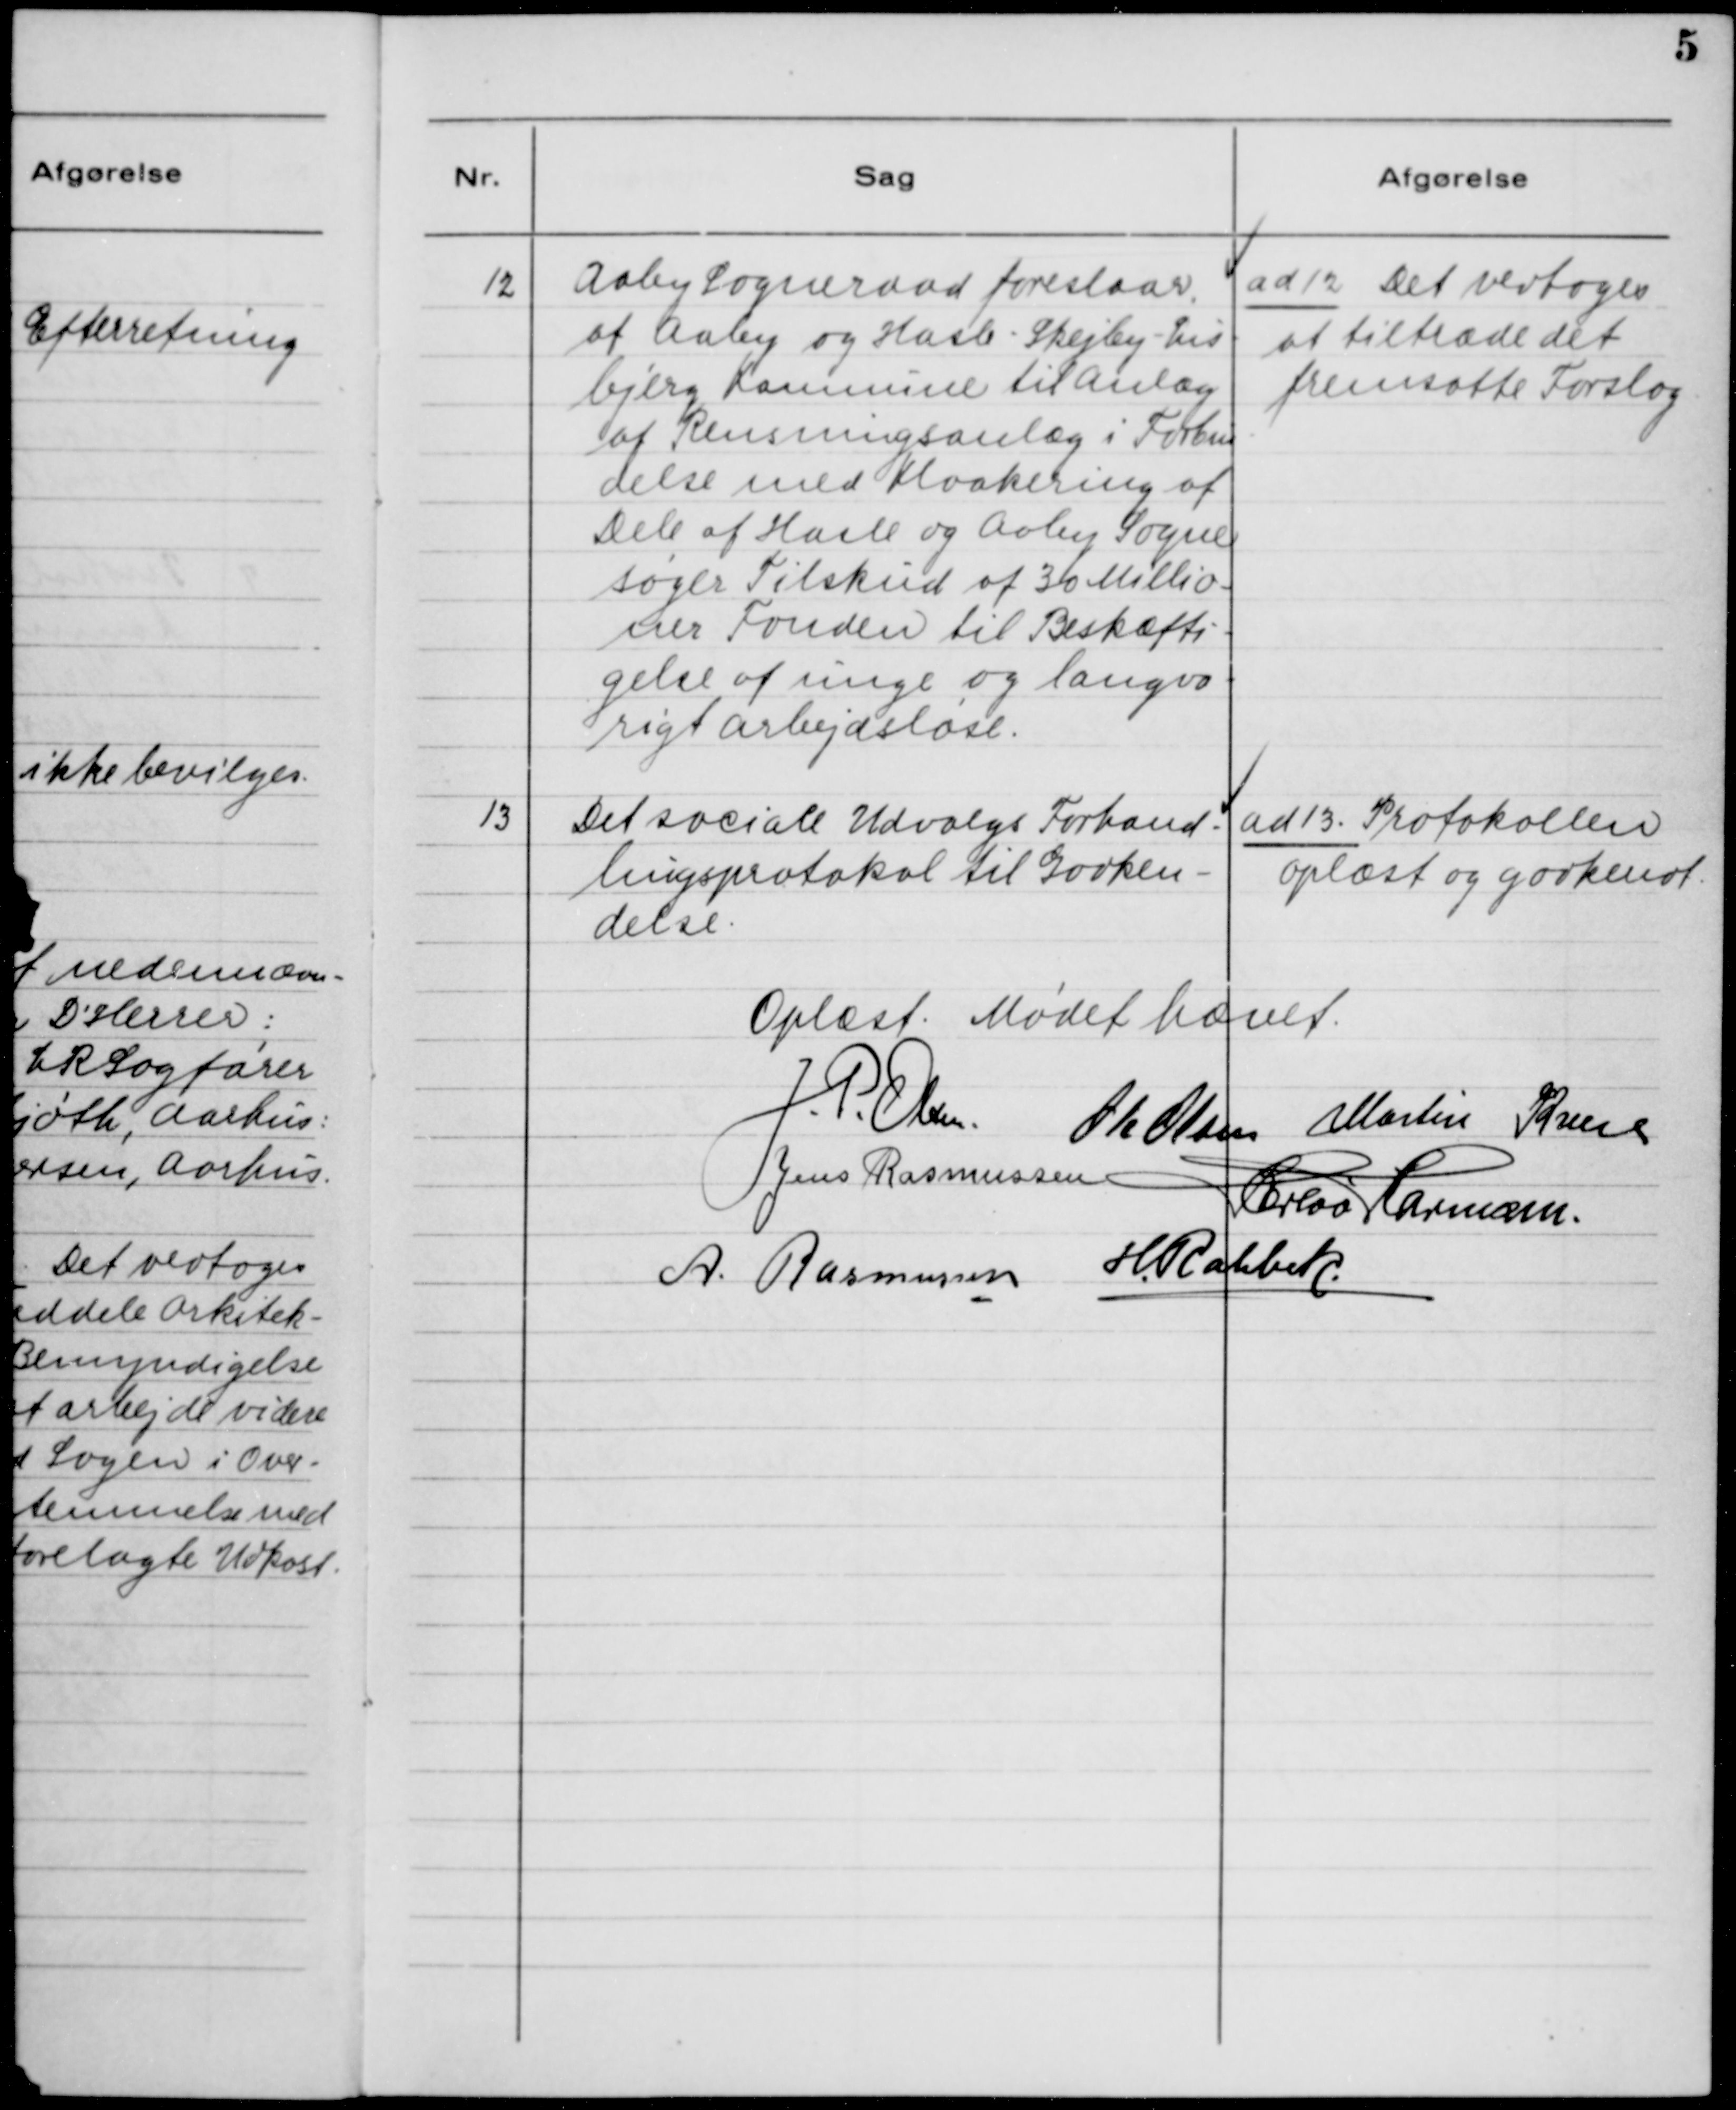
Transskription:
12. Aaby Sogneraad foreslaar,
at Aaby og Hasle - Skejby - Lis-
bjerg Kommune til Anlæg
af Rensningsanlæg i Forbin-
delse med Kloakering af
Dele af Hasle og Aaby Sogne
søger Tilskud af 30 Millio-
ner Fonden til Beskæfti-
gelse af unge og langva-
rigt Arbejdsløse.

ad 12. Det vedtoges
at tiltræde det
fremsatte Forslag.

13. Det sociale Udvalgs Forhand-
lingsprotokol til Godken-
delse.

ad 13. Protokollen
oplæst og godkendt.

Oplæst. Mødet hævet.